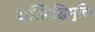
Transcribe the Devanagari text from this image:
यत्सिद्धिमुक्ति